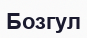
Бозгул